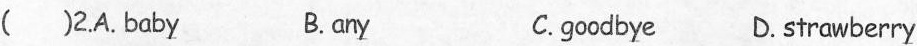
( )2.A. Bab \underline{y} B. an\underline{y} C.goodb\underline{y} e D.strawberr\underline{y}